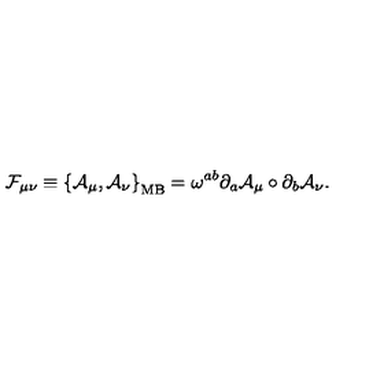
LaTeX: { \mathcal { F } } _ { \mu \nu } \equiv \left\{ { \mathcal { A } } _ { \mu } , { \mathcal { A } } _ { \nu } \right\} _ { \mathrm { M B } } = \omega ^ { a b } \partial _ { a } { \mathcal { A } } _ { \mu } \circ \partial _ { b } { \mathcal { A } } _ { \nu } .